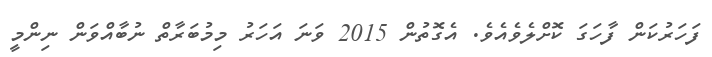
ފަހަރުކަން ފާހަގަ ކޮށްލެވެއެވެ. އެގޮތުން 2015 ވަނަ އަހަރު މިމުބަރާތް ނުބާއްވަން ނިންމީ